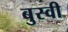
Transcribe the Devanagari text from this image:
बुस्वी